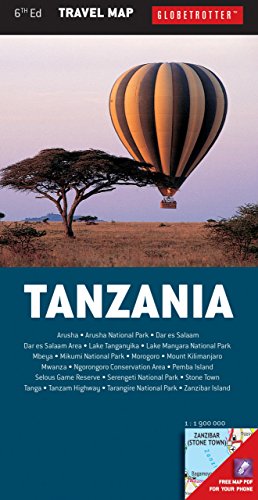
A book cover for Tanzania Travel Map (Globetrotter Travel Map); Globetrotter; Travel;